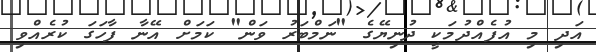
އަދި މި އުފެއްދުމަކީ ދުނިޔޭގެ "ނަމްބަރު ވަން" ކަމަށް އޭނާ ފާހަގަ ކުރެއްވި